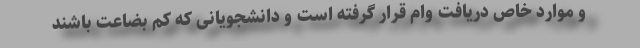
و موارد خاص دریافت وام قرار گرفته است و دانشجویانی که کم بضاعت باشند